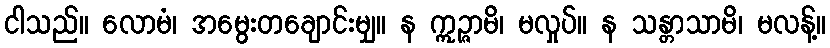
ငါသည်။ လောမံ၊ အမွေးတချောင်းမျှ။ န ဣဉ္ဇာမိ၊ မလှုပ်။ န သန္တာသာမိ၊ မလန့်။